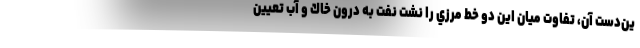
ين‌دست آن، تفاوت ميان اين دو خط مرزي را نشت نفت به درون خاك و آب تعيين